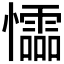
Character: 𰒡